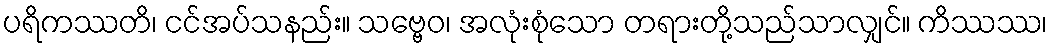
ပရိကဿတိ၊ ငင်အပ်သနည်း။ သဗ္ဗေဝ၊ အလုံးစုံသော တရားတို့သည်သာလျှင်။ ကိဿဿ၊